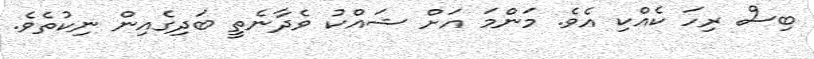
ބިސް ރިހަ ކެއްކި އެވެ. މަންމަ އަށް ޝައްކު ވެދާނެތީ ބަދިގެއިން ނިކުތެވެ.